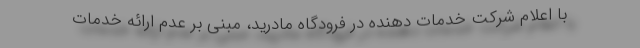
با اعلام شرکت خدمات دهنده در فرودگاه مادرید، مبنی بر عدم ارائه خدمات